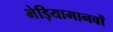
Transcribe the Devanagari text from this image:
भेड़ियामानवों